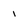
Character: 1